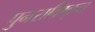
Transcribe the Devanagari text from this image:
पुनराविष्कृत